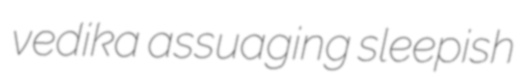
vedika assuaging sleepish